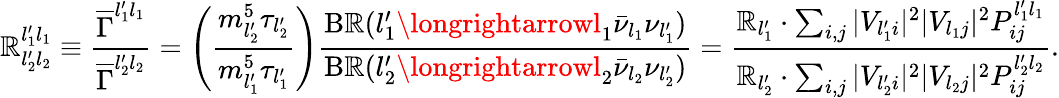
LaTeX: \mathbb{R}_{l_{2}^{\prime}l_{2}}^{l_{1}^{\prime}l_{1}}\equiv\frac{{\overline{{{\Gamma}}}^{l_{1}^{\prime}l_{1}}}}{{\overline{{{\Gamma}}}^{l_{2}^{\prime}l_{2}}}}=\left(\frac{{m_{l_{2}^{\prime}}^{5}\tau_{l_{2}^{\prime}}}}{{m_{l_{1}^{\prime}}^{5}\tau_{l_{1}^{\prime}}}}\right)\frac{{\mathrm{{B\mathbb{R}}}(l_{1}^{\prime}\longrightarrowl_{1}\bar{{\nu}}_{l_{1}}\nu_{l_{1}^{\prime}})}}{{\mathrm{{B\mathbb{R}}}(l_{2}^{\prime}\longrightarrowl_{2}\bar{{\nu}}_{l_{2}}\nu_{l_{2}^{\prime}})}}=\frac{{{\cal\mathbb{R}}_{l_{1}^{\prime}}\cdot\sum_{i,j}|V_{l_{1}^{\prime}i}|^{2}|V_{l_{1}j}|^{2}P_{ij}^{l_{1}^{\prime}l_{1}}}}{{{\cal\mathbb{R}}_{l_{2}^{\prime}}\cdot\sum_{i,j}|V_{l_{2}^{\prime}i}|^{2}|V_{l_{2}j}|^{2}P_{ij}^{l_{2}^{\prime}l_{2}}}}.